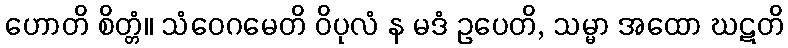
ဟောတိ စိတ္တံ။ သံဝေဂမေတိ ဝိပုလံ န မဒံ ဥပေတိ, သမ္မာ အထော ဃဋတိ